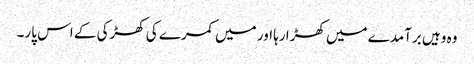
وہ وہیں برآمدے میں کھڑا رہا اور میں کمرے کی کھڑکی کے اس پار۔